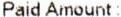
PAID AMOUNT :